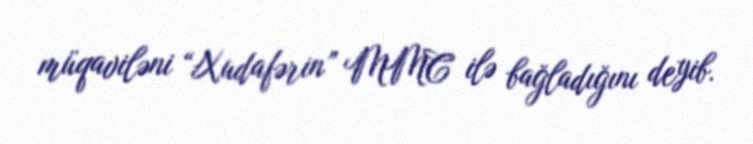
müqaviləni “Xudafərin” MMC ilə bağladığını deyib.